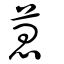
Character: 葸